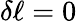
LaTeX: \delta\ell=0